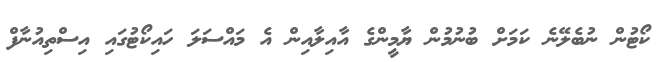
ކޯޓުން ނުބެލޭނެ ކަމަށް ބުނުމުން ޔާމީންގެ އާއިލާއިން އެ މައްސަލަ ހައިކޯޓުގައި އިސްތިއުނާފް